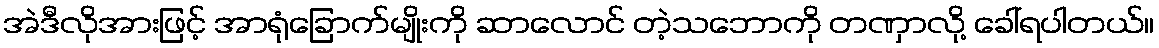
အဲဒီလိုအားဖြင့် အာရုံခြောက်မျိုးကို ဆာလောင် တဲ့သဘောကို တဏှာလို့ ခေါ်ရပါတယ်။